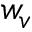
w _ { v }